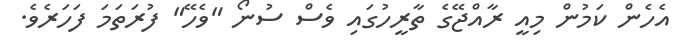
އެހެން ކަމުން މިއީ ރާއްޖޭގެ ތާރީހުގައި ވެސް ސުނޯ "ވެހޭ" ފުރަތަމަ ފަހަރެވެ.